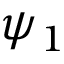
\psi _ { 1 }